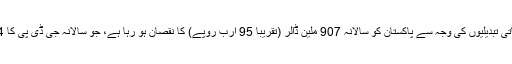
پاکستان اب بھی ماحولیاتی تبدیلیوں کی وجہ سے پاکستان کو سالانہ 907 ملین ڈالر (تقریباََ 95 ارب روپے) کا نقصان ہو رہا ہے، جو سالانہ جی ڈی پی کا 0.0974 حصہ بنتا ہے۔